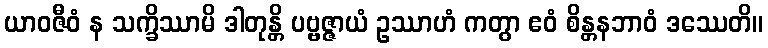
ယာဝဇီဝံ န သက္ခိဿာမိ ဒါတုန္တိ ပဗ္ဗဇ္ဇာယံ ဥဿာဟံ ကတွာ ဧဝံ စိန္တနဘာဝံ ဒဿေတိ။